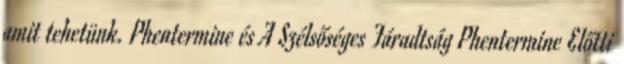
amit tehetünk. Phentermine és A Szélsőséges Fáradtság Phentermine Előtti